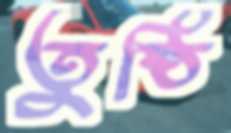
তুষ্ঠি